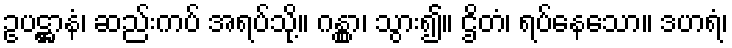
ဥပဋ္ဌာနံ၊ ဆည်းကပ် အရပ်သို့။ ဂန္တွာ၊ သွား၍။ ဌိတံ၊ ရပ်နေသော။ ဒဟရံ၊